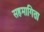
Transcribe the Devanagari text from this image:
सहमागिता